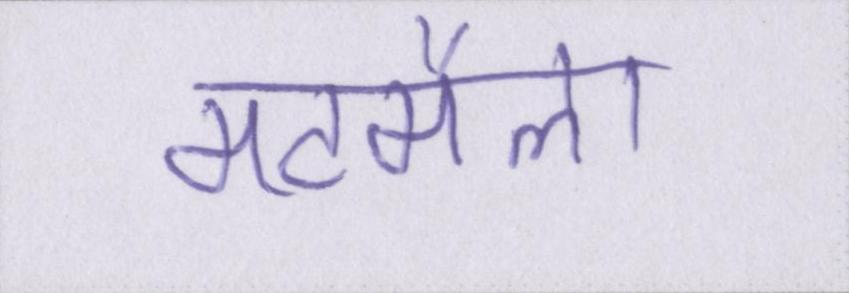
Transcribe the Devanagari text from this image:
मटमैला